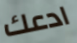
ادعك